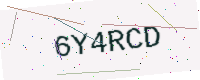
Text: 6Y4RCD